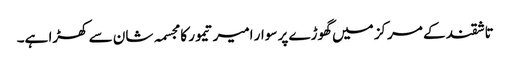
تاشقند کے مرکز میں گھوڑے پر سوار امیر تیمور کا مجسمہ شان سے کھڑا ہے۔